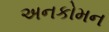
અનકોમન